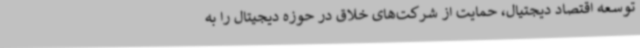
توسعه اقتصاد دیجتیال، حمایت از شرکت‌های خلاق در حوزه دیجیتال را به